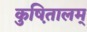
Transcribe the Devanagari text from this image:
कुष़ितालम्